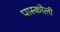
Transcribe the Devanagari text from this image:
पास्कोली